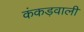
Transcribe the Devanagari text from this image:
कंकड़वाली